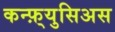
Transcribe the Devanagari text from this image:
कन्फ़्युसिअस